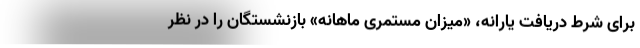
برای شرط دریافت یارانه، «میزان مستمری ماهانه» بازنشستگان را در نظر